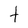
Character: 1